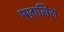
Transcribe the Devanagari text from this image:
मज़ासिस